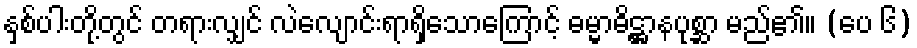
နှစ်ပါးတို့တွင် တရားလျှင် လဲလျောင်းရာရှိသောကြောင့် ဓမ္မာဓိဋ္ဌာနပုစ္ဆာ မည်၏။ (ပေ ၆)